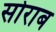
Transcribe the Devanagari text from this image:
सोराब